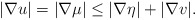
\begin{align*}|\nabla u| = |\nabla \mu| \leq |\nabla \eta | + |\nabla v| .\end{align*}